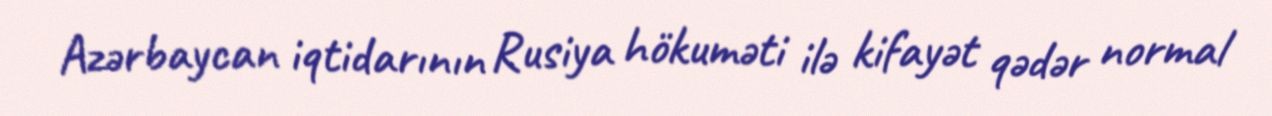
Azərbaycan iqtidarının Rusiya hökuməti ilə kifayət qədər normal